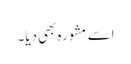
اسے مشورہ بھی دیا۔